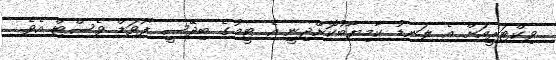
ވިކްޓަރީއަށް އެ ލަނޑު ކާމިޔާބުކޮށްދިނީ އެ ޓީމުގެ ބިދޭސީ ފޯވަޑް ވެސްޓް އެވެ.